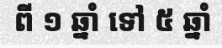
ពី ១ ឆ្នាំ ទៅ ៥ ឆ្នាំ